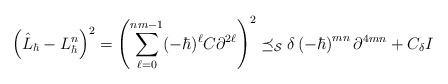
LaTeX: \begin{align*}\left( \hat{L}_{\hbar}-L_{\hbar}^{n}\right) ^{2}=\left( \sum_{\ell=0}^{nm-1}(-\hbar)^{\ell}C\partial^{2\ell}\right) ^{2}\preceq_{\mathcal{S}}\delta\left( -\hbar\right) ^{mn}\partial^{4mn}+C_{\delta}I \end{align*}